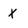
Character: X